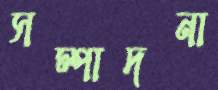
সম্পাদনা